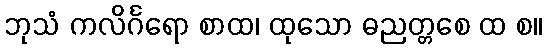
ဘုသံ ကလိင်္ဂရော စာထ၊ ထုသော ဓညတ္တစေ ထ စ။